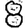
Digit: 8